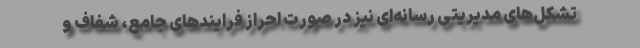
تشکل‌های مدیریتی رسانه‌ای نیز در صورت احراز فرایندهای جامع، شفاف و